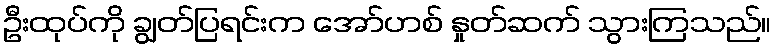
ဦးထုပ်ကို ချွတ်ပြရင်းက အော်ဟစ် နှုတ်ဆက် သွားကြသည်။